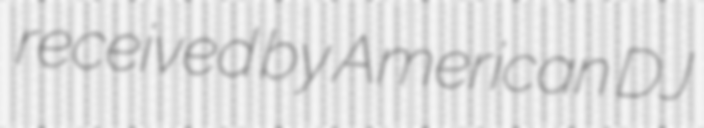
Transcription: received by American DJ